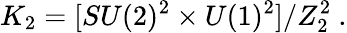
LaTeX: K_{2}=[SU(2)^{2}\times U(1)^{2}]/Z_{2}^{2}\ .